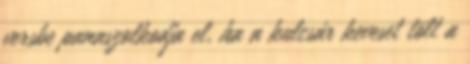
versbe panaszolkodja el, ha a kulcsár keveset tölt a